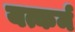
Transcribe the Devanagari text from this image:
यत्कर्म